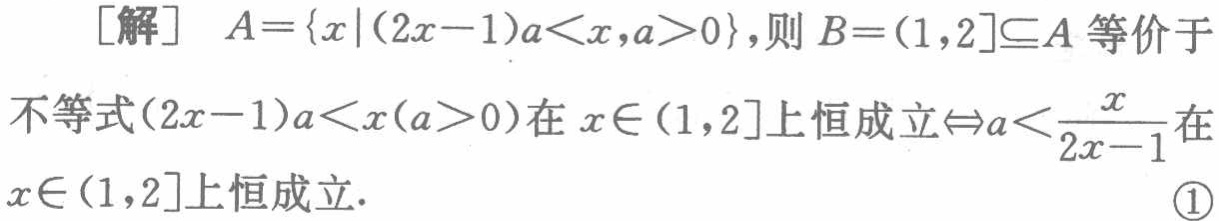
[解] \(A = \{x|(2x - 1)a < x,a > 0\}\)，则\(B=(1,2]\subseteq A\)等价于
不等式\((2x - 1)a < x(a > 0)\)在\(x\in(1,2]\)上恒成立\(\Leftrightarrow a < \frac{x}{2x - 1}\)在
\(x\in(1,2]\)上恒成立. \textcircled{1}